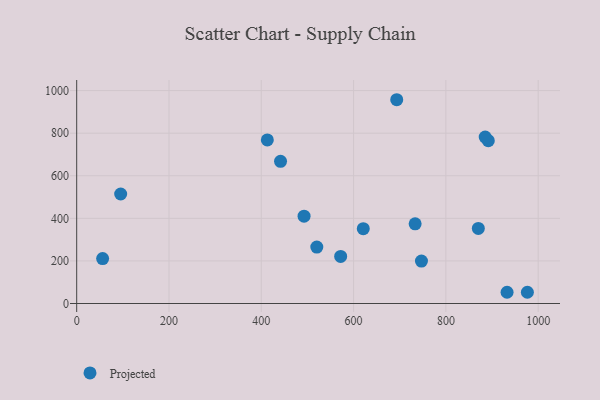
{"axis": {"x": "Investment", "y": "Rating"}, "legend": ["Projected"], "data": [{"x": "747.1", "y": 199.1, "type": "Projected"}, {"x": "621.0", "y": 351.4, "type": "Projected"}, {"x": "932.6", "y": 52.7, "type": "Projected"}, {"x": "95.3", "y": 514.3, "type": "Projected"}, {"x": "891.9", "y": 764.9, "type": "Projected"}, {"x": "693.5", "y": 957.1, "type": "Projected"}, {"x": "56.2", "y": 210.9, "type": "Projected"}, {"x": "733.4", "y": 374.0, "type": "Projected"}, {"x": "413.1", "y": 768.1, "type": "Projected"}, {"x": "885.2", "y": 781.8, "type": "Projected"}, {"x": "572.0", "y": 221.0, "type": "Projected"}, {"x": "441.7", "y": 667.7, "type": "Projected"}, {"x": "870.3", "y": 352.4, "type": "Projected"}, {"x": "976.6", "y": 52.9, "type": "Projected"}, {"x": "520.3", "y": 265.2, "type": "Projected"}, {"x": "492.7", "y": 410.1, "type": "Projected"}]}